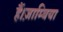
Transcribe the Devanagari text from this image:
हैं।ज़ाम्बिया